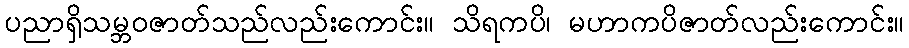
ပညာရှိသမ္ဘဝဇာတ်သည်လည်းကောင်း။ သိရကပိ၊ မဟာကပိဇာတ်လည်းကောင်း။